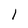
Character: 1